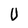
Character: U